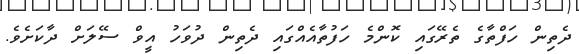
ދެތިން ހަފްތާގެ ތެރޭގައި ކޮންމެ ހަފުތާއެއްގައި ދެތިން ދުވަހު އީވް ސޭލަށް ދާކަށެވެ.